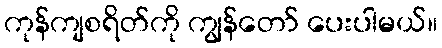
ကုန်ကျစရိတ်ကို ကျွန်တော် ပေးပါမယ်။